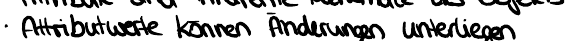
Attributwerte können Änderungen unterliegen